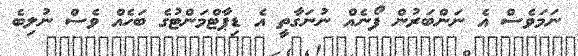
ނަމަވެސް އެ ނަންބަރުން ފޯނެއް ނުނަގާތީ އެ ޑިޕާޓްމަންޓުގެ ބަހެއް ވެސް ނުލިބެ